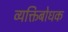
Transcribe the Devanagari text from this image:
व्यक्तिबोधक